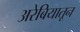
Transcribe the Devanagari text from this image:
अरेबियातून